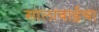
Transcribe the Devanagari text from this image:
सालाबाईचा